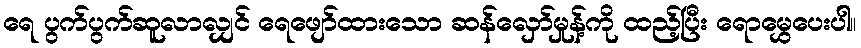
ရေ ပွက်ပွက်ဆူလာလျှင် ရေဖျော်ထားသော ဆန်လှော်မှုန့်ကို ထည့်ပြီး ရောမွှေပေးပါ။